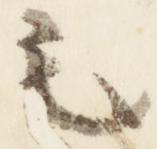
之